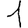
Digit: 1